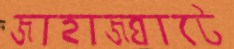
জাহাজঘাটে